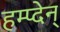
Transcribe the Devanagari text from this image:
हम्प्देन्